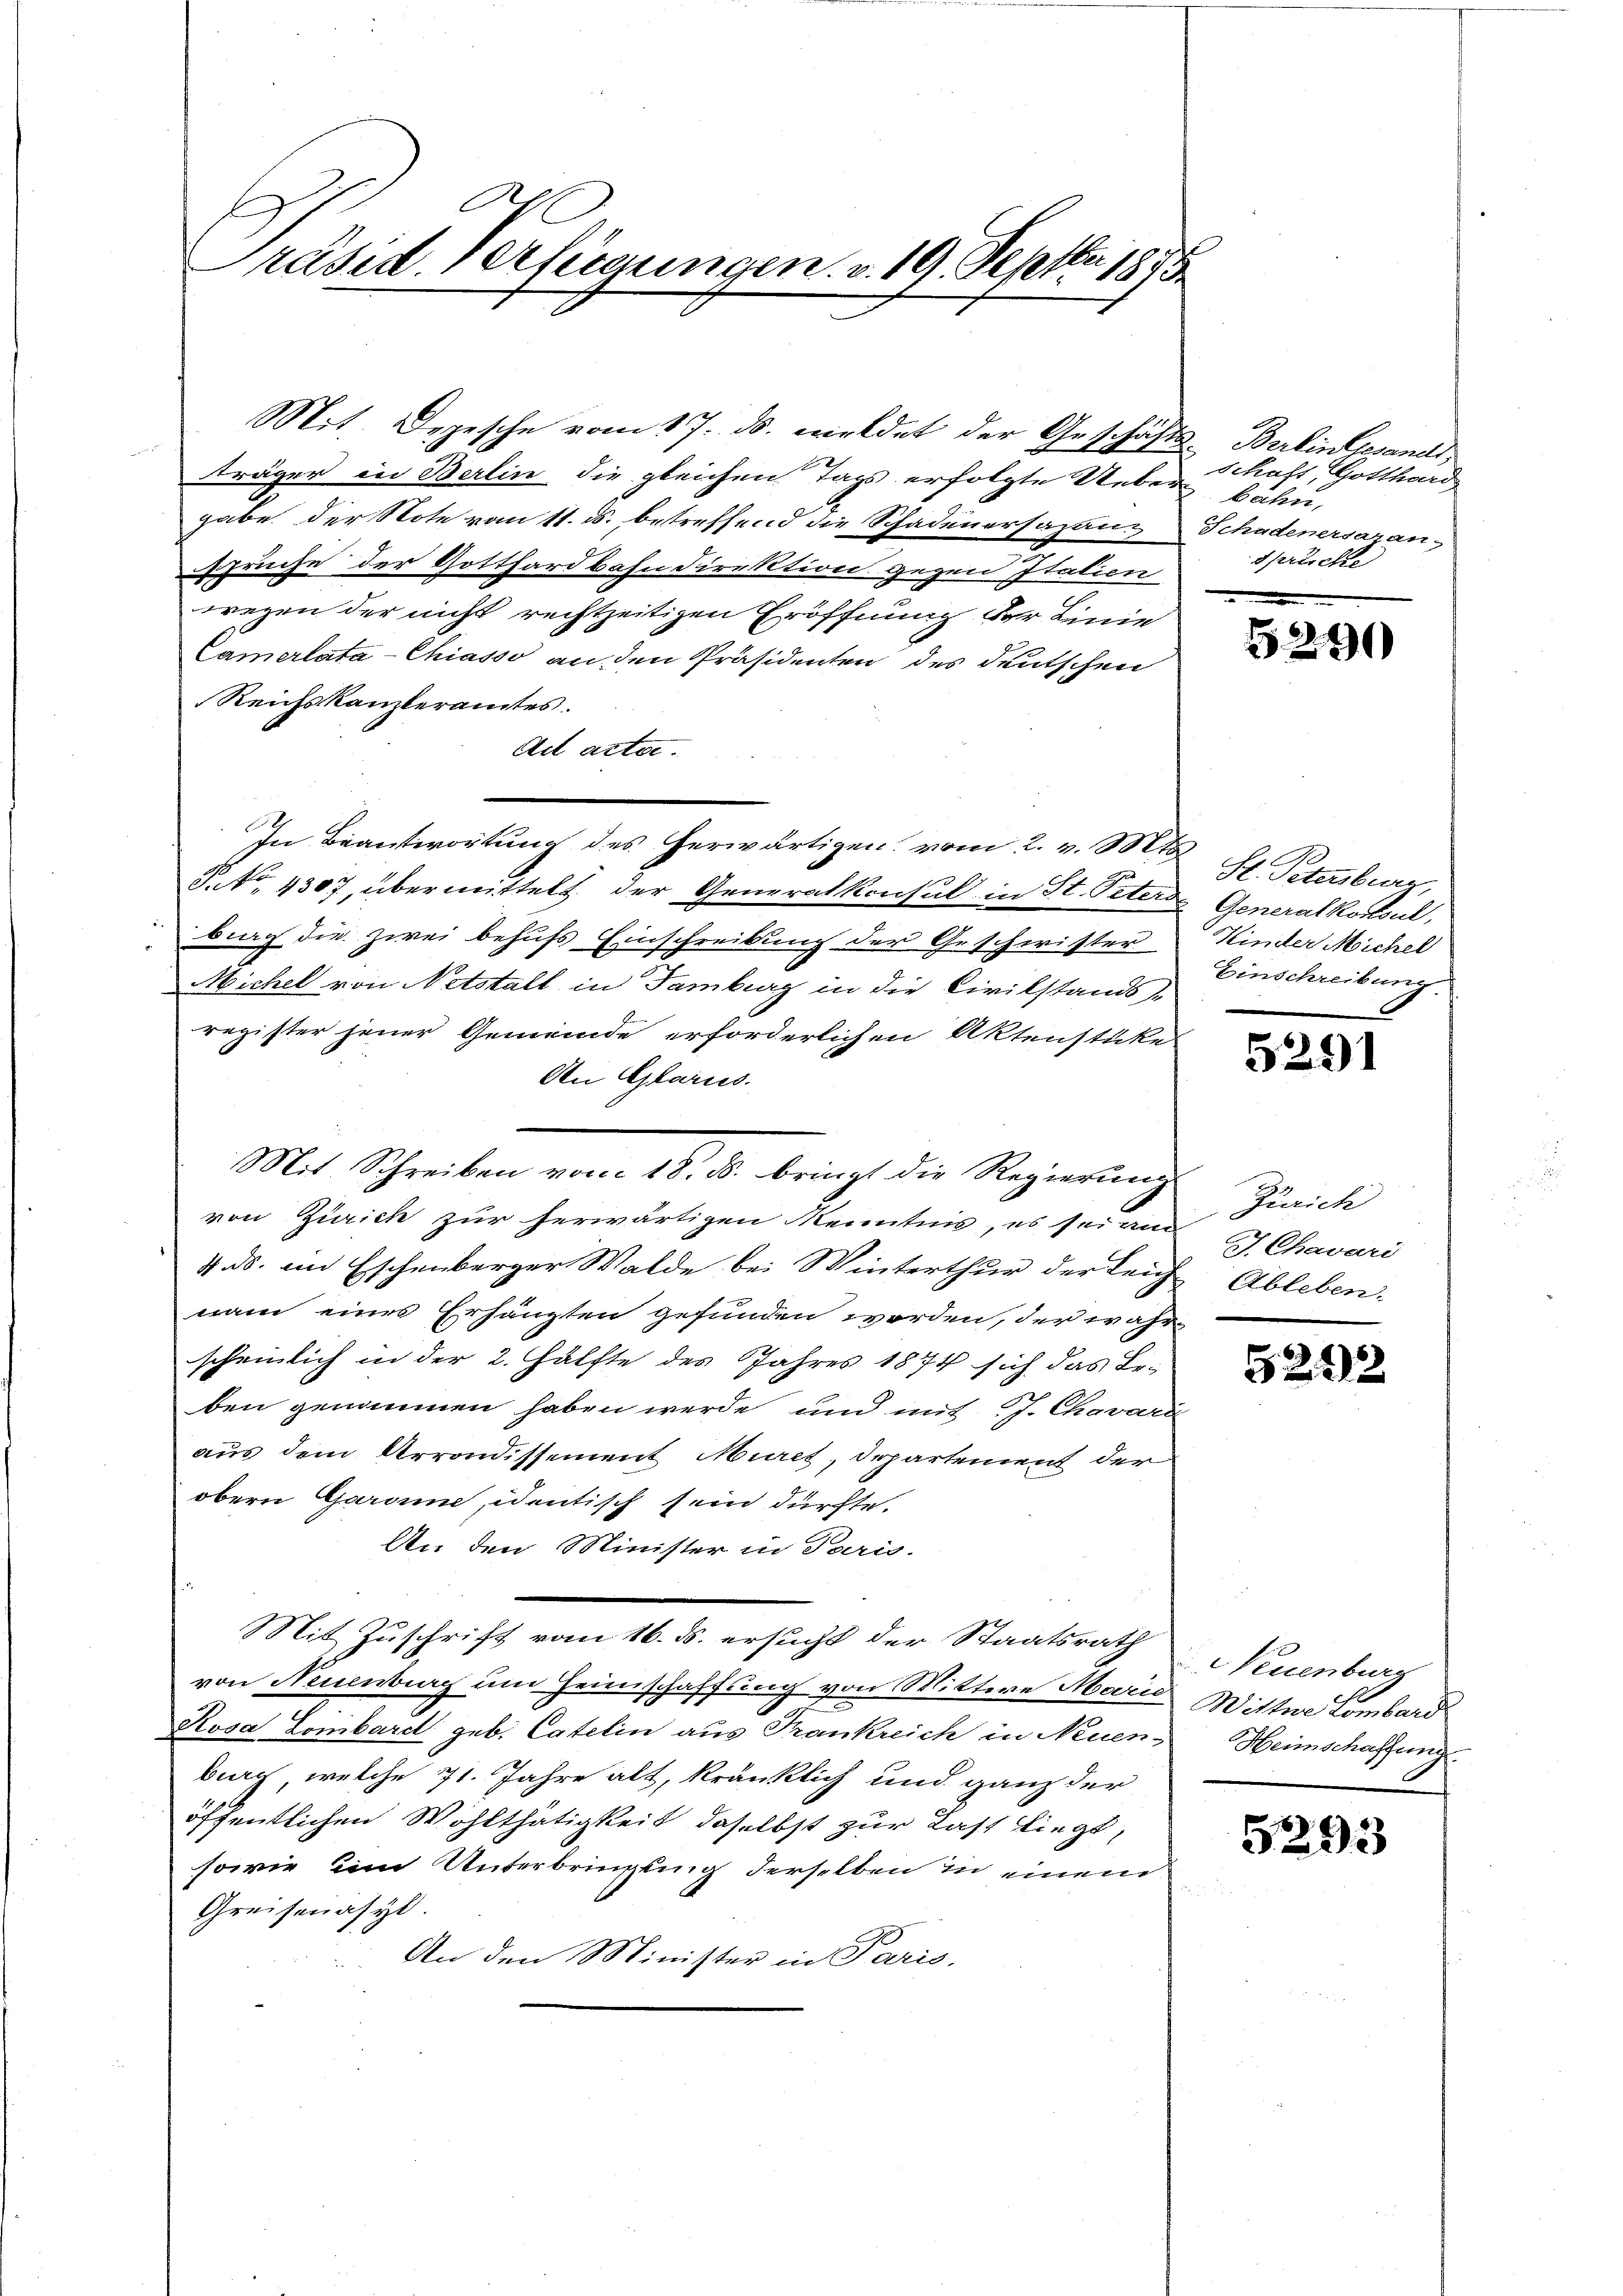
C
Präsid. Verfügungen. v. 19. Septbr. 1875

Mit. Depesche vom 17. ds. meldet der Geschäfts Berlin liesandt,
träger in Berlin die gleichen Tags erfolgte Ueber bahn,
gabe der Note vom 11. ds. betreffend die Schadenersazansprüche der Gotthardbahndirektion gegen Italien
wegen der nicht rechtzeitigen Eröffnung der Linie
Camerlata-Chiasso an den Präsidenten des deutschen
Reichskanzleramtes.
Act acte.
In Beantwortung des herwärtigen vom 2. v. Mts.
P. No. 4307, übermittelt der Generalkonsul in St. Peter Generalkonsul,
bung die zwei behufs Einschreibung der Geschwister
Michel von Netstalt in Tamburg in die Civilstands-
register jener Gemeinde erforderlichen Aktenstücke
An Glarus.
Mit Schreiben vom 18. u. bringt die Regierung
von Zürich zur herwärtigen Kenntnis, es sei am
4. ds. in Eschenberger Walde bei Winterthur der Teich Ableben-
nam eines Erhängten gefunden worden, der wahr-
scheinlich in der 2. Hälfte des Jahres 1874 sich das Beben genommen haben werde und mit J. Chavard
aus dem Arrondissement Muret, Departement der
obern Garan, identisch sein dürfte.
An den Minister in Paris.
Mit Zuschrift vom 16. ds. ersucht der Staatsrath
von Neuenburg um Heimschaffung von Wittwe Marie Wittwe Lombard
Rosa Lombard geb. Catelin aus Frankreich in Neuen-
bach, welche 71. Jahre alt, kränklich und ganz der
öffentlichen Wohlthätigkeit, daselbst zur Last liegt,
sowie ein Unterbringung derselben in einem
Greisenasyl
An den Minister in Paris,

Schaft, Gotthard
Schadenersatzan
Sprichte

5291

St. Petersburg,
Kinder Michel
Einschreibung.

5291

Zürich
J. Chavari

5212

Neuenburg
Heimschaffung.

5293